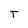
Character: T